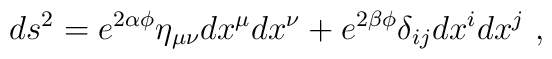
ds^2 = e^{2\alpha\phi}\eta_{\mu\nu}dx^\mu dx^\nu + e^{2\beta\phi}\delta_{ij}dx^i dx^j\ ,